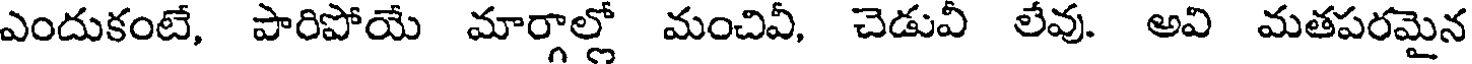
ఎందుకంటే, పారిపోయే మార్గాల్లో మంచివీ, చెడువీ లేవు. అవి మతపరమైన